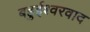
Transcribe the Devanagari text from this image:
बहुईश्वरवाद